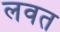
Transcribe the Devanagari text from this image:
लवत